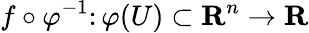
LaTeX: f\circ\varphi^{-1}\colon\varphi(U)\subset{\mathbf{R}}^{n}\to{\mathbf{R}}